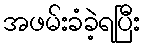
အဖမ်းခံခဲ့ရပြီး